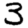
Digit: 3